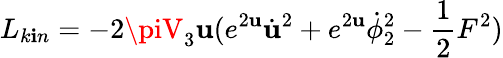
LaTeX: L_{k\mathbf{i}n}=-2\piV_{3}\mathbf{u}(e^{2\mathbf{u}}{\dot{{\mathbf{u}}}}^{2}+e^{2\mathbf{u}}\dot{{\phi}}_{2}^{2}-{\frac{{1}}{{2}}}F^{2})